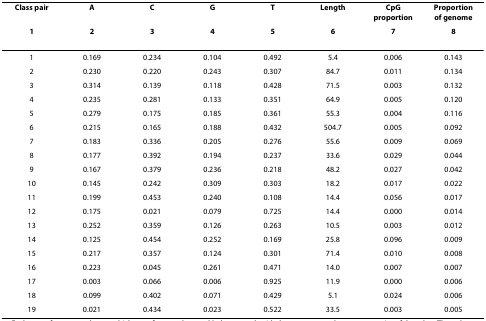
<table><thead><tr><td><b>Class pair</b></td><td><b>A</b></td><td><b>C</b></td><td><b>G</b></td><td><b>T</b></td><td><b>Length</b></td><td><b>CpG proportion</b></td><td><b>Proportion of genome</b></td></tr><tr><td><b>1</b></td><td><b>2</b></td><td><b>3</b></td><td><b>4</b></td><td><b>5</b></td><td><b>6</b></td><td><b>7</b></td><td><b>8</b></td></tr></thead><tbody><tr><td>1</td><td>0.169</td><td>0.234</td><td>0.104</td><td>0.492</td><td>5.4</td><td>0.006</td><td>0.143</td></tr><tr><td>2</td><td>0.230</td><td>0.220</td><td>0.243</td><td>0.307</td><td>84.7</td><td>0.011</td><td>0.134</td></tr><tr><td>3</td><td>0.314</td><td>0.139</td><td>0.118</td><td>0.428</td><td>71.5</td><td>0.003</td><td>0.132</td></tr><tr><td>4</td><td>0.235</td><td>0.281</td><td>0.133</td><td>0.351</td><td>64.9</td><td>0.005</td><td>0.120</td></tr><tr><td>5</td><td>0.279</td><td>0.175</td><td>0.185</td><td>0.361</td><td>55.3</td><td>0.004</td><td>0.116</td></tr><tr><td>6</td><td>0.215</td><td>0.165</td><td>0.188</td><td>0.432</td><td>504.7</td><td>0.005</td><td>0.092</td></tr><tr><td>7</td><td>0.183</td><td>0.336</td><td>0.205</td><td>0.276</td><td>55.6</td><td>0.009</td><td>0.069</td></tr><tr><td>8</td><td>0.177</td><td>0.392</td><td>0.194</td><td>0.237</td><td>33.6</td><td>0.029</td><td>0.044</td></tr><tr><td>9</td><td>0.167</td><td>0.379</td><td>0.236</td><td>0.218</td><td>48.2</td><td>0.027</td><td>0.042</td></tr><tr><td>10</td><td>0.145</td><td>0.242</td><td>0.309</td><td>0.303</td><td>18.2</td><td>0.017</td><td>0.022</td></tr><tr><td>11</td><td>0.199</td><td>0.453</td><td>0.240</td><td>0.108</td><td>14.4</td><td>0.056</td><td>0.017</td></tr><tr><td>12</td><td>0.175</td><td>0.021</td><td>0.079</td><td>0.725</td><td>14.4</td><td>0.000</td><td>0.014</td></tr><tr><td>13</td><td>0.252</td><td>0.359</td><td>0.126</td><td>0.263</td><td>10.5</td><td>0.003</td><td>0.012</td></tr><tr><td>14</td><td>0.125</td><td>0.454</td><td>0.252</td><td>0.169</td><td>25.8</td><td>0.096</td><td>0.009</td></tr><tr><td>15</td><td>0.217</td><td>0.357</td><td>0.124</td><td>0.301</td><td>71.4</td><td>0.010</td><td>0.008</td></tr><tr><td>16</td><td>0.223</td><td>0.045</td><td>0.261</td><td>0.471</td><td>14.0</td><td>0.007</td><td>0.007</td></tr><tr><td>17</td><td>0.003</td><td>0.066</td><td>0.006</td><td>0.925</td><td>11.9</td><td>0.000</td><td>0.006</td></tr><tr><td>18</td><td>0.099</td><td>0.402</td><td>0.071</td><td>0.429</td><td>5.1</td><td>0.024</td><td>0.006</td></tr><tr><td>19</td><td>0.021</td><td>0.434</td><td>0.023</td><td>0.522</td><td>33.5</td><td>0.003</td><td>0.005</td></tr></tbody></table>